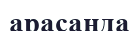
арасанда